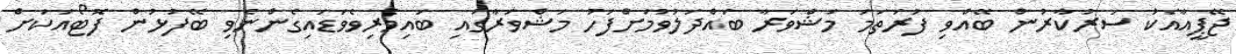
ޖޭޕީއާއެކު ސަރުކާރުން ބޭއްވި ފުރަތަމަ މަޝްވަރާ ބައްދަލުވުމަށްފަހު މަޝްވަރާގައި ބައިވެރިވެވަޑައިގެންނެވި ބޭފުޅުން ފޮޓޯއަކަށް